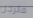
فالرجل